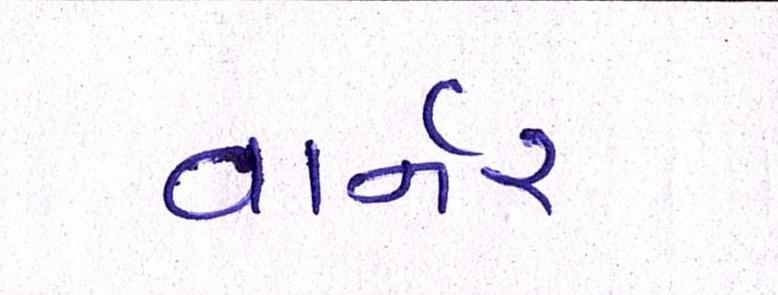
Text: વાર્નર